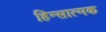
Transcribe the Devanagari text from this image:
हिन्सात्मक